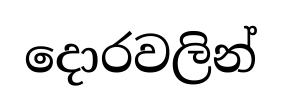
දොරවලින්